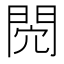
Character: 𨳻